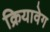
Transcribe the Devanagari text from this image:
क्रियावेग